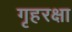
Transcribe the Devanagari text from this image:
गृहरक्षा